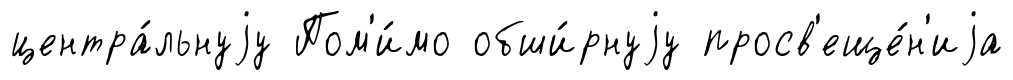
центра́льнуjу Пом'и́мо обши́рнуjу просв'еще́н'иjа